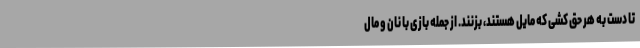
تا دست به هر حق کشی که مایل هستند، بزنند. از جمله بازی با نان و مال